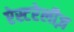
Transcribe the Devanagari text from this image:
ऐस्टरेलीज़